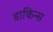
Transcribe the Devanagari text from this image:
डाकिन्स